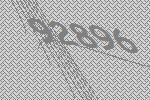
92896